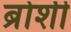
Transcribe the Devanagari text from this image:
ब्रोशी